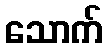
သောက်